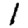
Digit: 1